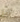
أنا